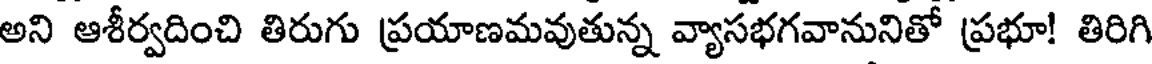
అని ఆశీర్వదించి తిరుగు ప్రయాణమవుతున్న వ్యాసభగవానునితో ప్రభూ! తిరిగి